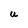
Character: U